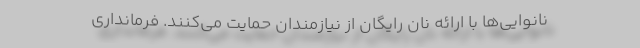
نانوایی‌ها با ارائه نان رایگان از نیازمندان حمایت می‌کنند. فرماندارى